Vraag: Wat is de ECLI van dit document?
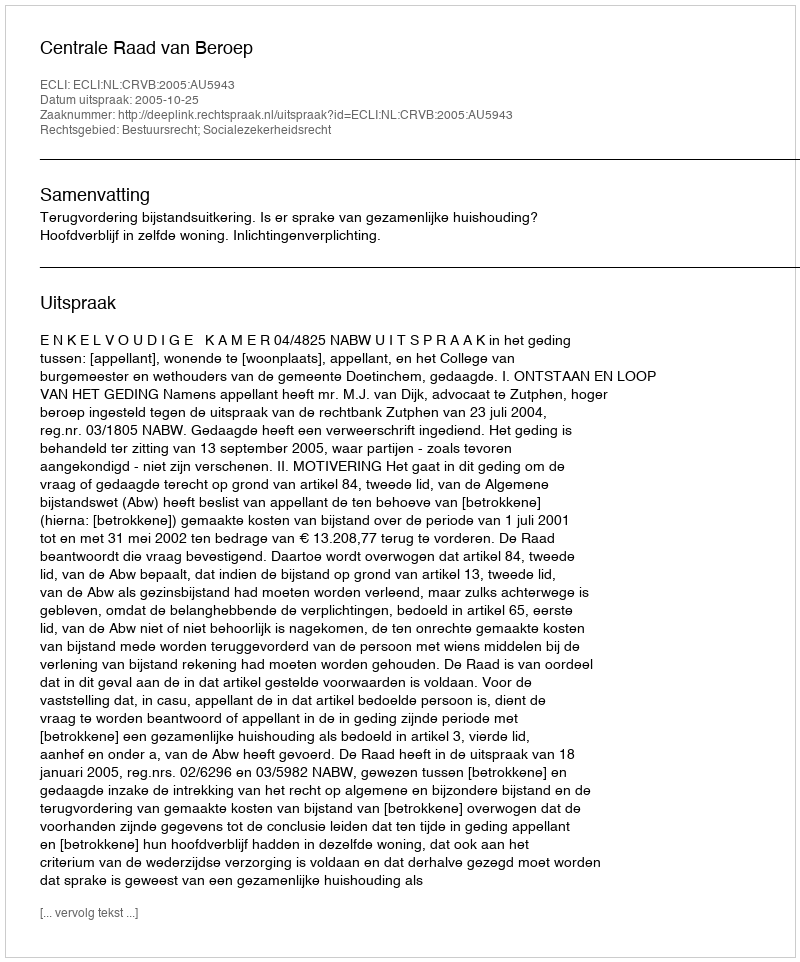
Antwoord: ECLI:NL:CRVB:2005:AU5943